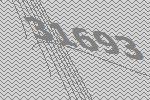
31693